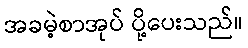
အခမဲ့စာအုပ် ပို့ပေးသည်။